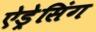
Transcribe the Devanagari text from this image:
ऐड्रेसिंग